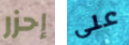
إحزر على